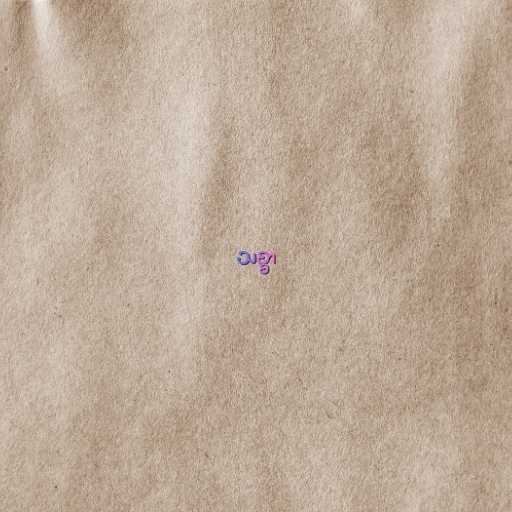
သစ္စာ